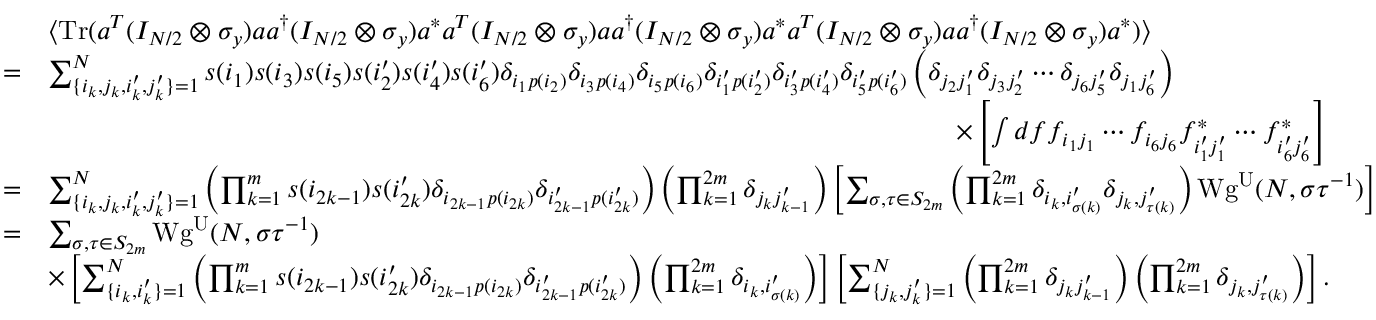
\begin{array} { r l } & { \langle \mathrm { T r } ( a ^ { T } ( I _ { N / 2 } \otimes \sigma _ { y } ) a a ^ { \dagger } ( I _ { N / 2 } \otimes \sigma _ { y } ) a ^ { * } a ^ { T } ( I _ { N / 2 } \otimes \sigma _ { y } ) a a ^ { \dagger } ( I _ { N / 2 } \otimes \sigma _ { y } ) a ^ { * } a ^ { T } ( I _ { N / 2 } \otimes \sigma _ { y } ) a a ^ { \dagger } ( I _ { N / 2 } \otimes \sigma _ { y } ) a ^ { * } ) \rangle } \\ { = } & { \sum _ { \lbrace i _ { k } , j _ { k } , i _ { k } ^ { \prime } , j _ { k } ^ { \prime } \rbrace = 1 } ^ { N } s ( i _ { 1 } ) s ( i _ { 3 } ) s ( i _ { 5 } ) s ( i _ { 2 } ^ { \prime } ) s ( i _ { 4 } ^ { \prime } ) s ( i _ { 6 } ^ { \prime } ) \delta _ { i _ { 1 } p ( i _ { 2 } ) } \delta _ { i _ { 3 } p ( i _ { 4 } ) } \delta _ { i _ { 5 } p ( i _ { 6 } ) } \delta _ { i _ { 1 } ^ { \prime } p ( i _ { 2 } ^ { \prime } ) } \delta _ { i _ { 3 } ^ { \prime } p ( i _ { 4 } ^ { \prime } ) } \delta _ { i _ { 5 } ^ { \prime } p ( i _ { 6 } ^ { \prime } ) } \left( \delta _ { j _ { 2 } j _ { 1 } ^ { \prime } } \delta _ { j _ { 3 } j _ { 2 } ^ { \prime } } \cdots \delta _ { j _ { 6 } j _ { 5 } ^ { \prime } } \delta _ { j _ { 1 } j _ { 6 } ^ { \prime } } \right) } \\ & { \qquad \qquad \qquad \qquad \qquad \qquad \qquad \qquad \qquad \qquad \qquad \qquad \qquad \qquad \qquad \qquad \qquad \times \left[ \int d f f _ { i _ { 1 } j _ { 1 } } \cdots f _ { i _ { 6 } j _ { 6 } } f _ { i _ { 1 } ^ { \prime } j _ { 1 } ^ { \prime } } ^ { * } \cdots f _ { i _ { 6 } ^ { \prime } j _ { 6 } ^ { \prime } } ^ { * } \right] } \\ { = } & { \sum _ { \lbrace i _ { k } , j _ { k } , i _ { k } ^ { \prime } , j _ { k } ^ { \prime } \rbrace = 1 } ^ { N } \left( \prod _ { k = 1 } ^ { m } s ( i _ { 2 k - 1 } ) s ( i _ { 2 k } ^ { \prime } ) \delta _ { i _ { 2 k - 1 } p ( i _ { 2 k } ) } \delta _ { i _ { 2 k - 1 } ^ { \prime } p ( i _ { 2 k } ^ { \prime } ) } \right) \left( \prod _ { k = 1 } ^ { 2 m } \delta _ { j _ { k } j _ { k - 1 } ^ { \prime } } \right) \left[ \sum _ { \sigma , \tau \in S _ { 2 m } } \left( \prod _ { k = 1 } ^ { 2 m } \delta _ { i _ { k } , i _ { \sigma ( k ) } ^ { \prime } } \delta _ { j _ { k } , j _ { \tau ( k ) } ^ { \prime } } \right) \mathrm { W g } ^ { \mathrm { U } } ( N , \sigma \tau ^ { - 1 } ) \right] } \\ { = } & { \sum _ { \sigma , \tau \in S _ { 2 m } } \mathrm { W g } ^ { \mathrm { U } } ( N , \sigma \tau ^ { - 1 } ) } \\ & { \times \left[ \sum _ { \lbrace i _ { k } , i _ { k } ^ { \prime } \rbrace = 1 } ^ { N } \left( \prod _ { k = 1 } ^ { m } s ( i _ { 2 k - 1 } ) s ( i _ { 2 k } ^ { \prime } ) \delta _ { i _ { 2 k - 1 } p ( i _ { 2 k } ) } \delta _ { i _ { 2 k - 1 } ^ { \prime } p ( i _ { 2 k } ^ { \prime } ) } \right) \left( \prod _ { k = 1 } ^ { 2 m } \delta _ { i _ { k } , i _ { \sigma ( k ) } ^ { \prime } } \right) \right] \left[ \sum _ { \lbrace j _ { k } , j _ { k } ^ { \prime } \rbrace = 1 } ^ { N } \left( \prod _ { k = 1 } ^ { 2 m } \delta _ { j _ { k } j _ { k - 1 } ^ { \prime } } \right) \left( \prod _ { k = 1 } ^ { 2 m } \delta _ { j _ { k } , j _ { \tau ( k ) } ^ { \prime } } \right) \right] . } \end{array}